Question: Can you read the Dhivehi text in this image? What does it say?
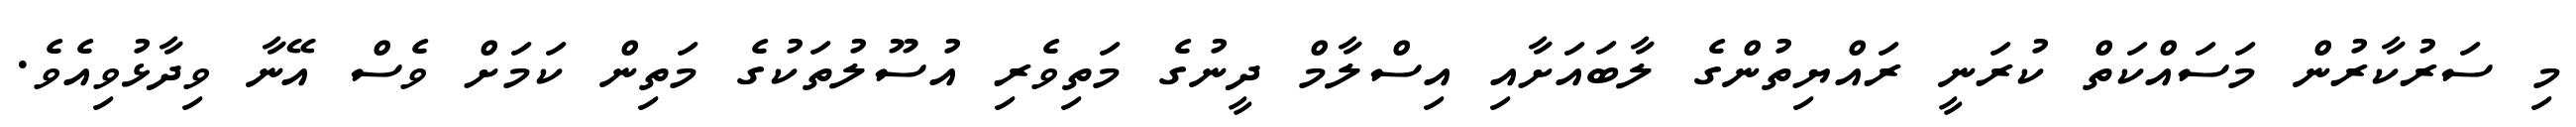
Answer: މި ސަރުކާރުން މަސައްކަތް ކުރަނީ ރައްޔިތުންގެ ލާބައަށާއި އިސްލާމް ދީނުގެ މަތިވެރި އުސޫލުތަކުގެ މަތިން ކަމަށް ވެސް އޭނާ ވިދާޅުވިއެވެ.